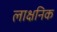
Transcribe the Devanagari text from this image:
लाक्षनिक